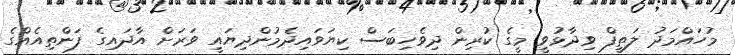
މުހައްމަދު ލަތީފް ވިދާޅުވީ މީގެ ކުރިން ދިވެހިބަސް ކިޔަވައިދެމުންދިޔައީ ވަރަށް އާދައިގެ ފަންތިއެއްގެ